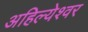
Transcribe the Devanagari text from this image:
अहिल्येश्वर